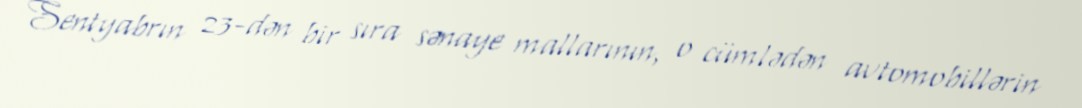
Sentyabrın 23-dən bir sıra sənaye mallarının, o cümlədən avtomobillərin